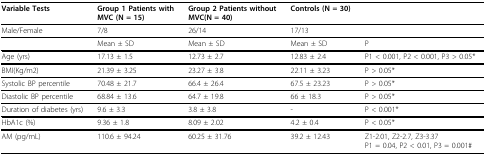
| Variable Tests | Group 1 Patients with MVC (N = 15) | Group 2 Patients without MVC(N = 40) | Controls (N = 30) |  |
 | --- | --- | --- | --- | --- |
 | Male/Female | 7/8 | 26/14 | 17/13 |  |
 |  | Mean ± SD | Mean ± SD | Mean ± SD | P |
 | Age (yrs) | 17.13 ± 1.5 | 12.73 ± 2.7 | 12.83 ± 2.4 | P1 < 0.001, P2 < 0.001, P3 > 0.05* |
 | BMI(Kg/m2) | 21.39 ± 3.25 | 23.27 ± 3.8 | 22.11 ± 3.23 | P > 0.05* |
 | Systolic BP percentile | 70.48 ± 21.7 | 66.4 ± 26.4 | 67.5 ± 23.23 | P > 0.05* |
 | Diastolic BP percentile | 68.84 ± 13.6 | 64.7 ± 19.8 | 66 ± 18.3 | P > 0.05* |
 | Duration of diabetes (yrs) | 9.6 ± 3.3 | 3.8 ± 3.8 | - | P < 0.001* |
 | HbA1c (%) | 9.36 ± 1.8 | 8.09 ± 2.02 | 4.2 ± 0.4 | P < 0.05* |
 | AM (pg/mL) | 110.6 ± 94.24 | 60.25 ± 31.76 | 39.2 ± 12.43 | Z1-2.01, Z2-2.7, Z3-3.37P1 = 0.04, P2 < 0.01, P3 = 0.001# |